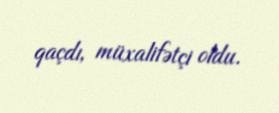
qaçdı, müxalifətçi oldu.